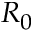
R _ { 0 }